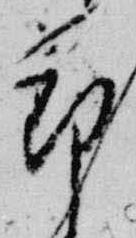
節